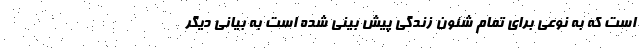
است که به نوعی برای تمام شئون زندگی پیش بینی شده است به بیانی دیگر